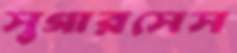
সুগারসেস